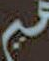
عير